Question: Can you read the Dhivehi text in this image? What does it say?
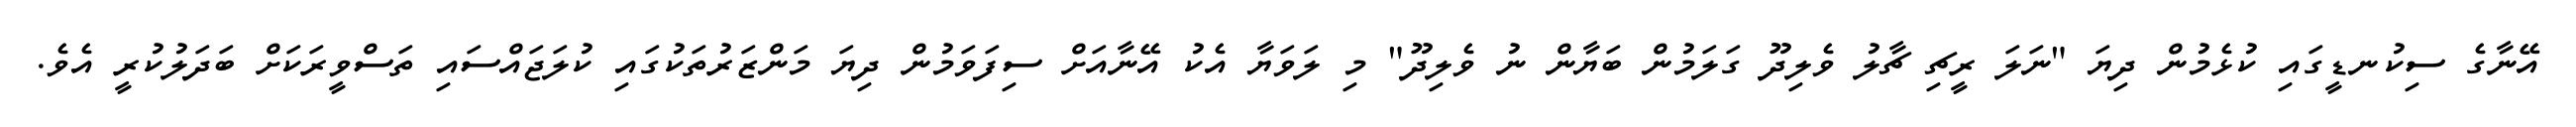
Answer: އޭނާގެ ސިކުނޑީގައި ކުޅެމުން ދިޔަ "ނަލަ ރީޗި ޗާލު ވެލިދޫ ގަލަމުން ބަޔާން ނު ވެލިދޫ" މި ލަވަޔާ އެކު އޭނާއަށް ސިފަވަމުން ދިޔަ މަންޒަރުތަކުގައި ކުލަޖައްސައި ތަސްވީރަކަށް ބަދަލުކުރީ އެވެ.